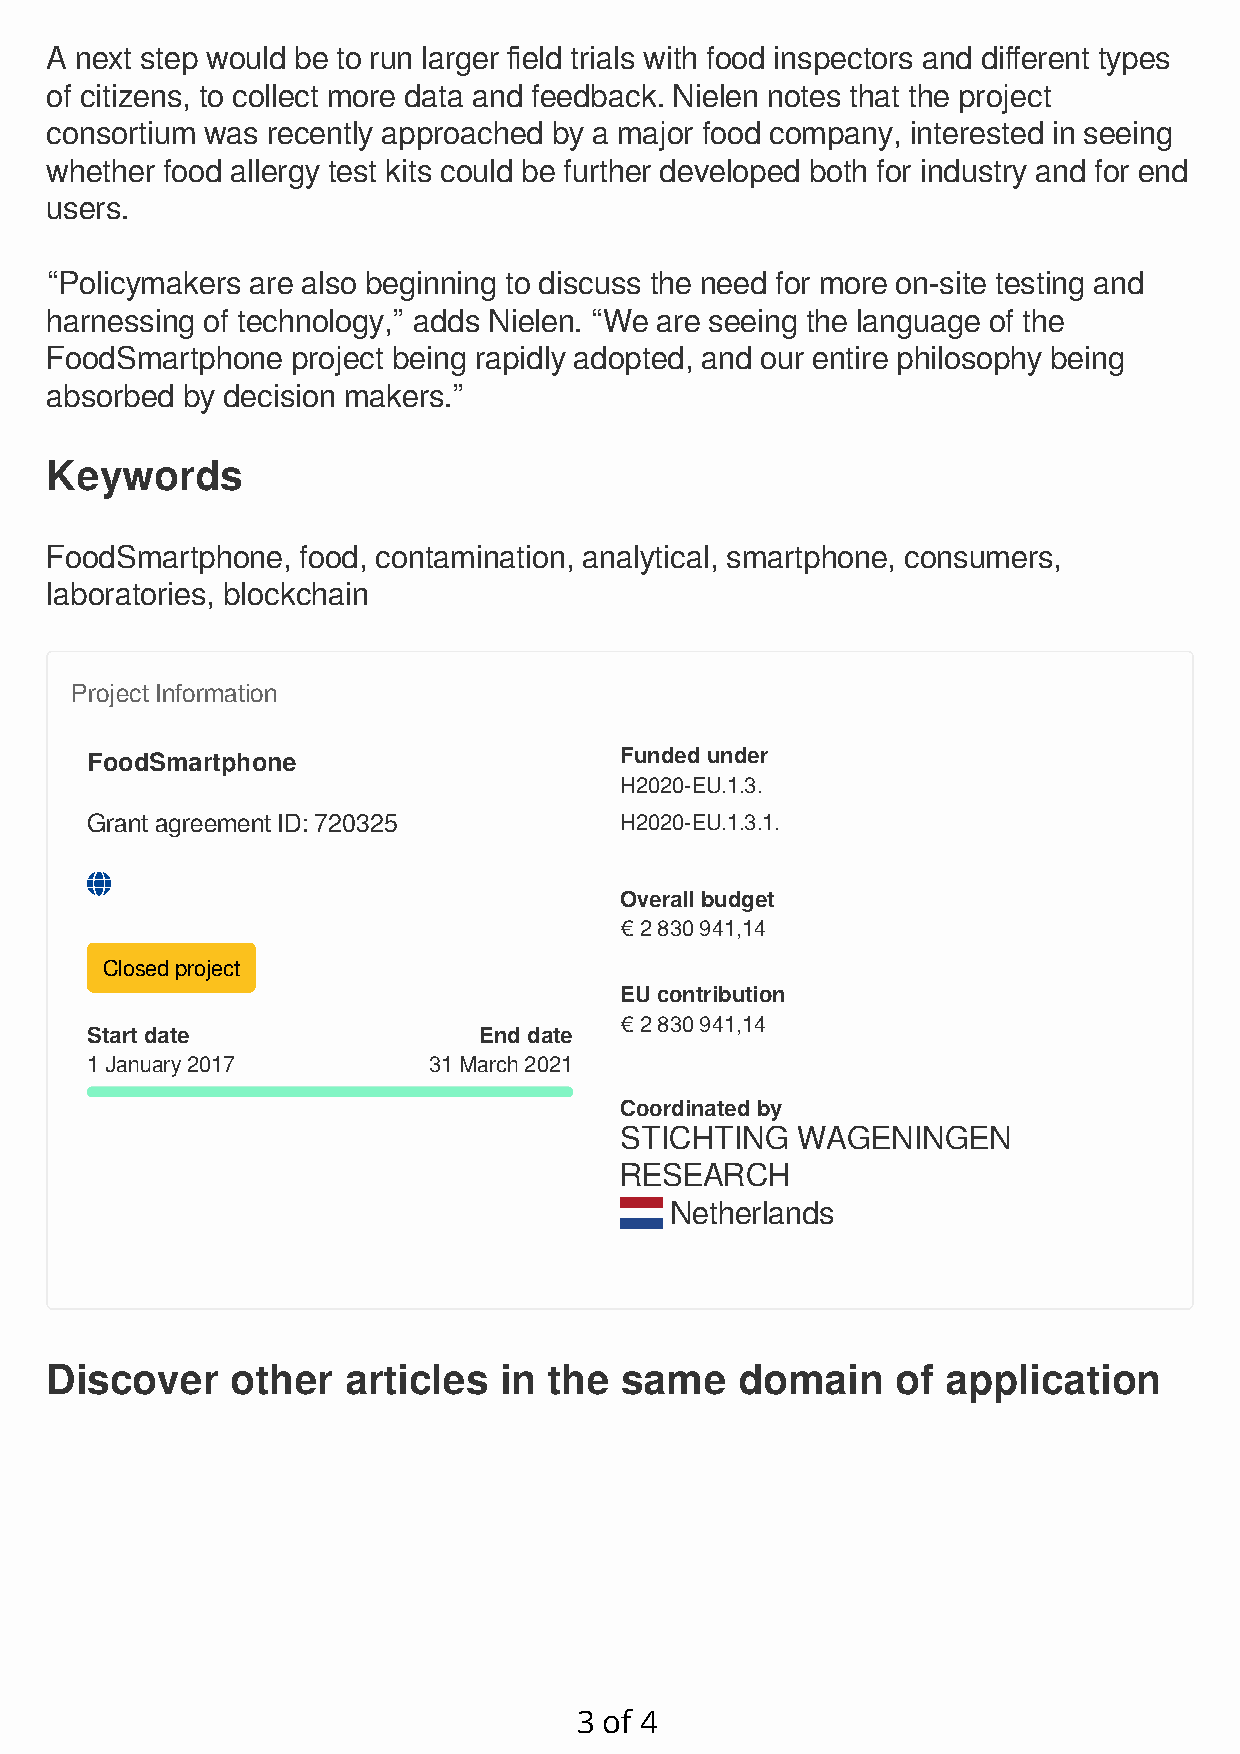
A next step would be to run larger field trials with food inspectors and different types
 of citizens, to collect more data and feedback. Nielen notes that the project
 consortium was recently approached by a major food company, interested in seeing
 whether food allergy test kits could be further developed both for industry and for end
 users.
 “Policymakers are also beginning to discuss the need for more on-site testing and
 harnessing of technology,” adds Nielen. “We are seeing the language of the
 FoodSmartphone  project being rapidly adopted, and our entire philosophy being
 absorbed by decision makers.”
 Keywords
 FoodSmartphone,  food, contamination, analytical, smartphone, consumers,
 laboratories, blockchain
 Project Information
 FoodSmartphone                     Funded under
 H2020-EU.1.3.
 Grant agreement ID: 720325         H2020-EU.1.3.1.
 
 Overall budget
 € 2 830 941,14
 Closed project
 EU contribution
 € 2 830 941,14
 Start date                End date
 1 January 2017        31 March 2021
 Coordinated by
 STICHTING   WAGENINGEN
 RESEARCH
 Netherlands
 Discover    other   articles  in the  same    domain    of  application
 3 of 4